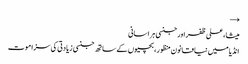
→
میشا، علی ظفر اور جنسی ہراسانی
انڈیا میں نیا قانون منظور، بچیوں کے ساتھ جنسی زیادتی کی سزا موت